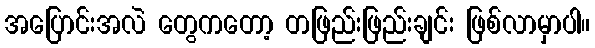
အပြောင်းအလဲ တွေကတော့ တဖြည်းဖြည်းချင်း ဖြစ်လာမှာပါ။